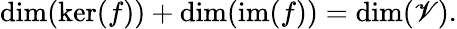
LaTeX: \dim(\ker(f))+\dim(\operatorname{im}(f))=\dim(\mathscr{V}).